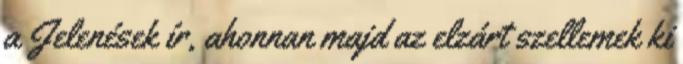
a Jelenések ír, ahonnan majd az elzárt szellemek ki